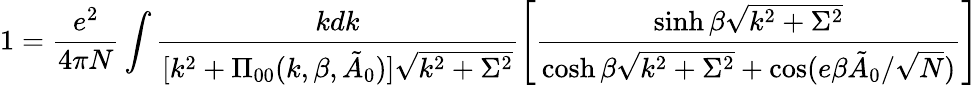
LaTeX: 1=\frac{e^{2}}{4\pi N}\int\frac{kdk}{[k^{2}+\Pi_{00}(k,\beta,\tilde{A}_{0})]\sqrt{k^{2}+\Sigma^{2}}}\left[\frac{\sinh\beta\sqrt{k^{2}+\Sigma^{2}}}{\cosh\beta\sqrt{k^{2}+\Sigma^{2}}+\cos(e\beta\tilde{A}_{0}/\sqrt{N})}\right]